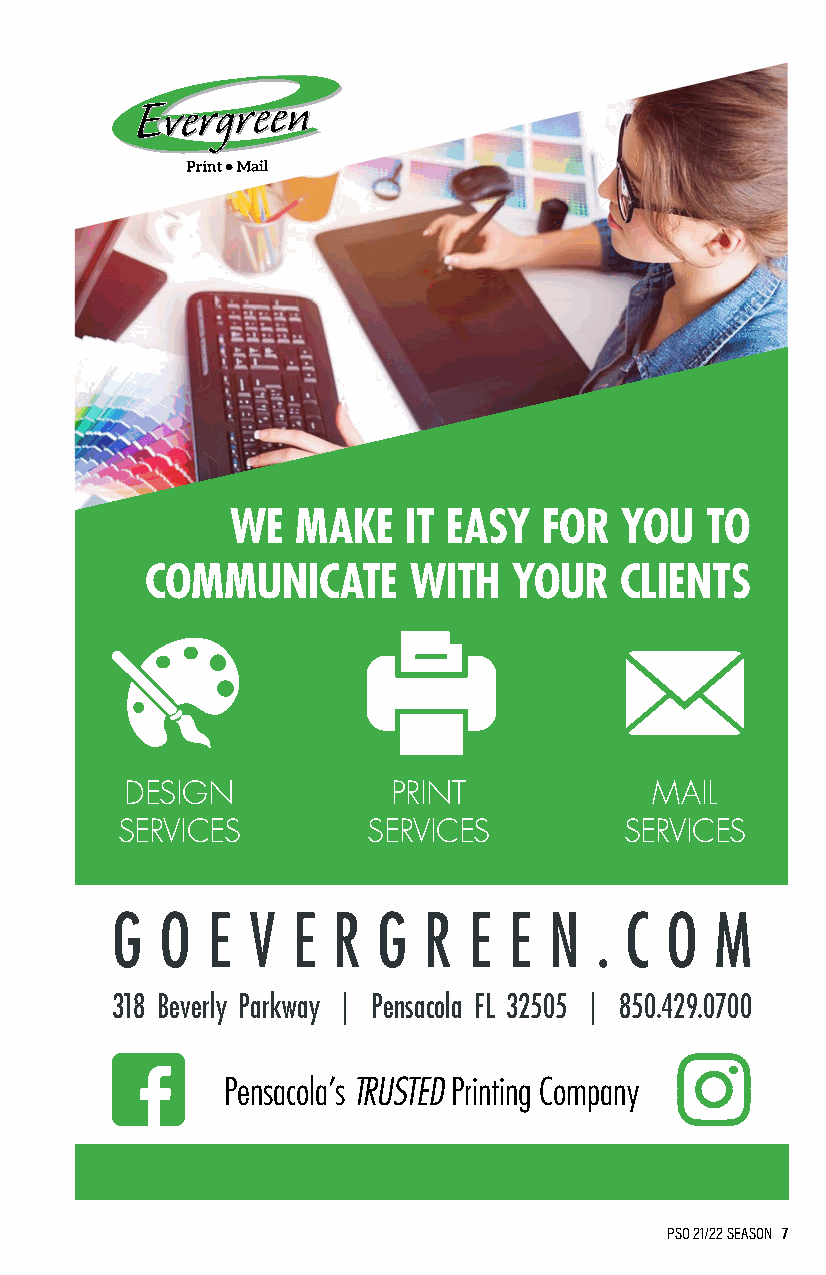
WE   MAKE   IT EASY  FOR  YOU   TO
 COMMUNICATE      WITH   YOUR   CLIENTS
 DESIGN            PRINT            MAIL
 SERVICES        SERVICES         SERVICES
 G   O  E  V E  R  G  R  E  E N  . C  O  M
 318 Beverly Parkway | Pensacola FL 32505 | 850.429.0700
 Pensacola’s TRUSTED Printing Company
 PSO 21/22 SEASON 7